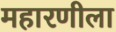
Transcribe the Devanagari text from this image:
महारणीला